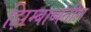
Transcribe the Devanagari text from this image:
झिम्बाब्वेतील